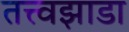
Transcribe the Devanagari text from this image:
तत्त्वझाडा